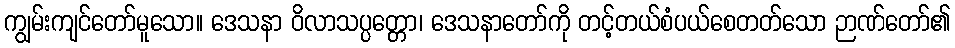
ကျွမ်းကျင်တော်မူသော။ ဒေသနာ ဝိလာသပ္ပတ္တော၊ ဒေသနာတော်ကို တင့်တယ်စံပယ်စေတတ်သော ဉာဏ်တော်၏